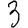
Digit: 3